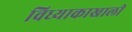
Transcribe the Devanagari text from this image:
विध्याकाखाली